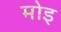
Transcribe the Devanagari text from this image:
मोइ